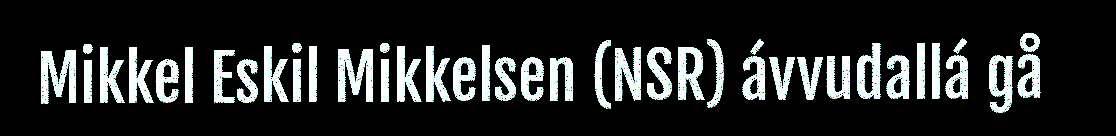
Mikkel Eskil Mikkelsen (NSR) ávvudallá gå